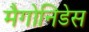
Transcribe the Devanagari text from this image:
मैगोनिडेस